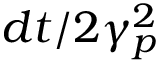
d t / 2 \gamma _ { p } ^ { 2 }